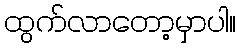
ထွက်လာတော့မှာပါ။